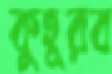
কুহূরব